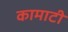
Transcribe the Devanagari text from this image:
कामाटी